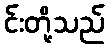
င်းတို့သည်